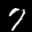
Label: 7